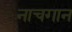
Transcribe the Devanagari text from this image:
नाचगान